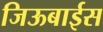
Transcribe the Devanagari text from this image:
जिऊबाईस